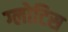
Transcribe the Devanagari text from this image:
ग्लोटिस